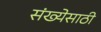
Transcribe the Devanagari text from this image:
संख्‍येसाठी